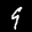
Label: 9